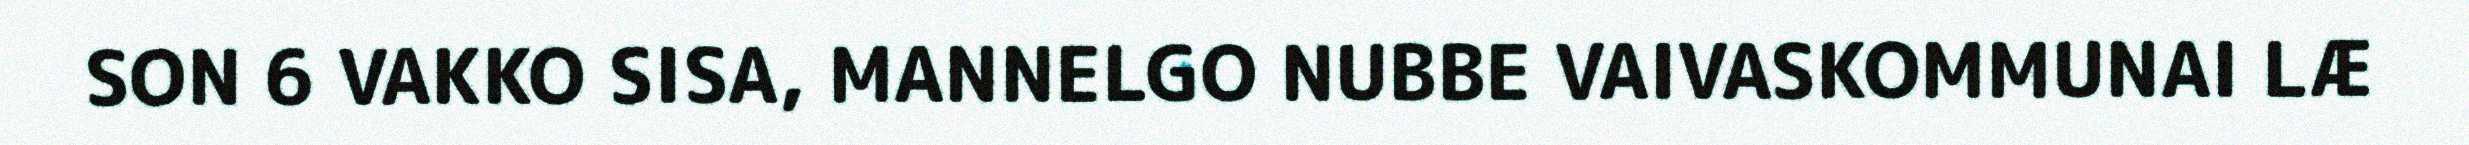
SON 6 VAKKO SISA, MANNELGO NUBBE VAIVASKOMMUNAI LÆ